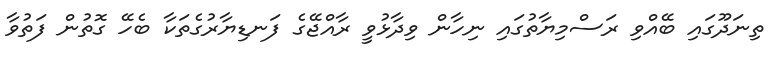
ތިނަދޫގައި ބޭއްވި ރަސްމިޔާތުގައި ނިހާން ވިދާޅުވީ ރާއްޖޭގެ ފަނޑިޔާރުގެތަކާ ބެހޭ ގޮތުން ފަތުވާ